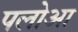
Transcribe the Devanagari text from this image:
पलोआ